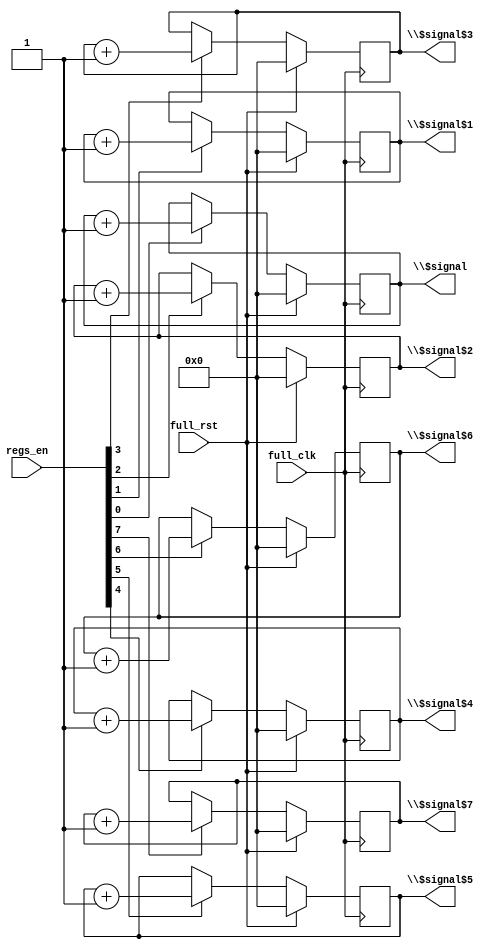
/* Generated by Yosys 0.8+     369 (git sha1 ea0e0722, clang 10.0.1 -fPIC -Os) */

(* \nmigen.hierarchy  = "top.debug_module" *)
(* generator = "nMigen" *)
module debug_module(full_rst, full_clk, \$signal , \$signal$1 , \$signal$2 , \$signal$3 , \$signal$4 , \$signal$5 , \$signal$6 , \$signal$7 , regs_en);
  wire [32:0] \$11 ;
  wire [32:0] \$12 ;
  wire [32:0] \$14 ;
  wire [32:0] \$15 ;
  wire [32:0] \$17 ;
  wire [32:0] \$18 ;
  wire [32:0] \$20 ;
  wire [32:0] \$21 ;
  wire [32:0] \$23 ;
  wire [32:0] \$24 ;
  wire [32:0] \$26 ;
  wire [32:0] \$27 ;
  wire [32:0] \$29 ;
  wire [32:0] \$30 ;
  wire [32:0] \$8 ;
  wire [32:0] \$9 ;
  (* src = "debug_module.py:36" *)
  reg [31:0] \$next$signal ;
  (* src = "debug_module.py:36" *)
  reg [31:0] \$next$signal$1 ;
  (* src = "debug_module.py:36" *)
  reg [31:0] \$next$signal$2 ;
  (* src = "debug_module.py:36" *)
  reg [31:0] \$next$signal$3 ;
  (* src = "debug_module.py:36" *)
  reg [31:0] \$next$signal$4 ;
  (* src = "debug_module.py:36" *)
  reg [31:0] \$next$signal$5 ;
  (* src = "debug_module.py:36" *)
  reg [31:0] \$next$signal$6 ;
  (* src = "debug_module.py:36" *)
  reg [31:0] \$next$signal$7 ;
  (* init = 32'd0 *)
  (* src = "debug_module.py:36" *)
  output [31:0] \$signal ;
  reg [31:0] \$signal  = 32'd0;
  (* init = 32'd0 *)
  (* src = "debug_module.py:36" *)
  output [31:0] \$signal$1 ;
  reg [31:0] \$signal$1  = 32'd0;
  (* init = 32'd0 *)
  (* src = "debug_module.py:36" *)
  output [31:0] \$signal$2 ;
  reg [31:0] \$signal$2  = 32'd0;
  (* init = 32'd0 *)
  (* src = "debug_module.py:36" *)
  output [31:0] \$signal$3 ;
  reg [31:0] \$signal$3  = 32'd0;
  (* init = 32'd0 *)
  (* src = "debug_module.py:36" *)
  output [31:0] \$signal$4 ;
  reg [31:0] \$signal$4  = 32'd0;
  (* init = 32'd0 *)
  (* src = "debug_module.py:36" *)
  output [31:0] \$signal$5 ;
  reg [31:0] \$signal$5  = 32'd0;
  (* init = 32'd0 *)
  (* src = "debug_module.py:36" *)
  output [31:0] \$signal$6 ;
  reg [31:0] \$signal$6  = 32'd0;
  (* init = 32'd0 *)
  (* src = "debug_module.py:36" *)
  output [31:0] \$signal$7 ;
  reg [31:0] \$signal$7  = 32'd0;
  (* src = "clk_domains.py:4" *)
  input full_clk;
  (* src = "clk_domains.py:4" *)
  input full_rst;
  (* src = "debug_module.py:37" *)
  input [7:0] regs_en;
  assign \$9  = \$signal  + (* src = "debug_module.py:52" *) 1'h1;
  assign \$12  = \$signal$1  + (* src = "debug_module.py:52" *) 1'h1;
  assign \$15  = \$signal$2  + (* src = "debug_module.py:52" *) 1'h1;
  assign \$18  = \$signal$3  + (* src = "debug_module.py:52" *) 1'h1;
  assign \$21  = \$signal$4  + (* src = "debug_module.py:52" *) 1'h1;
  assign \$24  = \$signal$5  + (* src = "debug_module.py:52" *) 1'h1;
  assign \$27  = \$signal$6  + (* src = "debug_module.py:52" *) 1'h1;
  assign \$30  = \$signal$7  + (* src = "debug_module.py:52" *) 1'h1;
  always @(posedge full_clk)
      \$signal$7  <= \$next$signal$7 ;
  always @(posedge full_clk)
      \$signal$6  <= \$next$signal$6 ;
  always @(posedge full_clk)
      \$signal$5  <= \$next$signal$5 ;
  always @(posedge full_clk)
      \$signal$4  <= \$next$signal$4 ;
  always @(posedge full_clk)
      \$signal$3  <= \$next$signal$3 ;
  always @(posedge full_clk)
      \$signal$2  <= \$next$signal$2 ;
  always @(posedge full_clk)
      \$signal$1  <= \$next$signal$1 ;
  always @(posedge full_clk)
      \$signal  <= \$next$signal ;
  always @* begin
    \$next$signal  = \$signal ;
    casez (regs_en[0])
      1'h1:
          \$next$signal  = \$8 [31:0];
    endcase
    casez (full_rst)
      1'h1:
          \$next$signal  = 32'd0;
    endcase
  end
  always @* begin
    \$next$signal$1  = \$signal$1 ;
    casez (regs_en[1])
      1'h1:
          \$next$signal$1  = \$11 [31:0];
    endcase
    casez (full_rst)
      1'h1:
          \$next$signal$1  = 32'd0;
    endcase
  end
  always @* begin
    \$next$signal$2  = \$signal$2 ;
    casez (regs_en[2])
      1'h1:
          \$next$signal$2  = \$14 [31:0];
    endcase
    casez (full_rst)
      1'h1:
          \$next$signal$2  = 32'd0;
    endcase
  end
  always @* begin
    \$next$signal$3  = \$signal$3 ;
    casez (regs_en[3])
      1'h1:
          \$next$signal$3  = \$17 [31:0];
    endcase
    casez (full_rst)
      1'h1:
          \$next$signal$3  = 32'd0;
    endcase
  end
  always @* begin
    \$next$signal$4  = \$signal$4 ;
    casez (regs_en[4])
      1'h1:
          \$next$signal$4  = \$20 [31:0];
    endcase
    casez (full_rst)
      1'h1:
          \$next$signal$4  = 32'd0;
    endcase
  end
  always @* begin
    \$next$signal$5  = \$signal$5 ;
    casez (regs_en[5])
      1'h1:
          \$next$signal$5  = \$23 [31:0];
    endcase
    casez (full_rst)
      1'h1:
          \$next$signal$5  = 32'd0;
    endcase
  end
  always @* begin
    \$next$signal$6  = \$signal$6 ;
    casez (regs_en[6])
      1'h1:
          \$next$signal$6  = \$26 [31:0];
    endcase
    casez (full_rst)
      1'h1:
          \$next$signal$6  = 32'd0;
    endcase
  end
  always @* begin
    \$next$signal$7  = \$signal$7 ;
    casez (regs_en[7])
      1'h1:
          \$next$signal$7  = \$29 [31:0];
    endcase
    casez (full_rst)
      1'h1:
          \$next$signal$7  = 32'd0;
    endcase
  end
  assign \$8  = \$9 ;
  assign \$11  = \$12 ;
  assign \$14  = \$15 ;
  assign \$17  = \$18 ;
  assign \$20  = \$21 ;
  assign \$23  = \$24 ;
  assign \$26  = \$27 ;
  assign \$29  = \$30 ;
endmodule

(* \nmigen.hierarchy  = "top" *)
(* top =  1  *)
(* generator = "nMigen" *)
module top(full_clk, rp_data, s_axi_ri__arvalid, s_axi_wi__awvalid, s_axi_ri__araddr, s_axi_ri__rready, s_axi_wi__awaddr, s_axi_wi__wvalid, s_axi_wi__wdata, s_axi_wi__wstrb, s_axi_wi__bready, full_rst, rst, height, width, allowed_cycles, wp_addr, wp_data, wp_en, rp_addr, s_axi_ro__arready, s_axi_ro__rdata, s_axi_ro__rresp, s_axi_ro__rvalid, s_axi_wo__awready, s_axi_wo__wready, s_axi_wo__bresp, s_axi_wo__bvalid, debug_en);
  wire \$100 ;
  wire \$102 ;
  wire \$104 ;
  wire \$106 ;
  wire \$108 ;
  wire \$110 ;
  wire \$112 ;
  wire \$114 ;
  wire \$116 ;
  wire \$118 ;
  wire \$120 ;
  wire \$122 ;
  wire \$124 ;
  wire \$126 ;
  wire \$128 ;
  wire \$130 ;
  wire \$132 ;
  wire \$134 ;
  wire \$136 ;
  wire \$138 ;
  wire \$140 ;
  wire \$142 ;
  wire \$144 ;
  wire \$146 ;
  wire \$148 ;
  wire [63:0] \$15 ;
  wire \$150 ;
  wire \$17 ;
  wire \$19 ;
  wire \$21 ;
  wire \$23 ;
  wire \$25 ;
  wire \$27 ;
  wire [7:0] \$29 ;
  wire [7:0] \$31 ;
  wire [7:0] \$33 ;
  wire [7:0] \$35 ;
  wire [31:0] \$37 ;
  wire [31:0] \$39 ;
  wire [31:0] \$41 ;
  wire [31:0] \$42 ;
  wire [31:0] \$44 ;
  wire [31:0] \$45 ;
  wire \$47 ;
  wire \$49 ;
  wire \$51 ;
  wire \$53 ;
  wire \$55 ;
  wire \$57 ;
  wire \$59 ;
  wire [31:0] \$61 ;
  wire \$63 ;
  wire \$65 ;
  wire \$67 ;
  wire \$69 ;
  wire \$71 ;
  wire \$73 ;
  wire \$75 ;
  wire \$77 ;
  wire \$79 ;
  wire \$81 ;
  wire \$83 ;
  wire [5:0] \$85 ;
  wire [5:0] \$86 ;
  wire \$88 ;
  wire \$90 ;
  wire \$92 ;
  wire \$94 ;
  wire \$96 ;
  wire \$98 ;
  (* src = "core_axi_lite.py:152" *)
  reg [31:0] \$next$signal ;
  (* src = "core_axi_lite.py:152" *)
  reg [31:0] \$next$signal$10 ;
  (* src = "core_axi_lite.py:152" *)
  reg [31:0] \$next$signal$11 ;
  (* src = "core_axi_lite.py:152" *)
  reg [31:0] \$next$signal$12 ;
  (* src = "core_axi_lite.py:152" *)
  reg [31:0] \$next$signal$13 ;
  (* src = "core_axi_lite.py:152" *)
  reg [31:0] \$next$signal$14 ;
  (* src = "core_axi_lite.py:152" *)
  reg [31:0] \$next$signal$8 ;
  (* src = "core_axi_lite.py:152" *)
  reg [31:0] \$next$signal$9 ;
  (* src = "core_axi_lite.py:162" *)
  reg [31:0] \$next\addr_v ;
  (* src = "core_axi_lite.py:84" *)
  reg [23:0] \$next\allowed_cycles ;
  (* src = "core_axi_lite.py:164" *)
  reg \$next\arready_v ;
  (* src = "core_axi_lite.py:167" *)
  reg \$next\awready_v ;
  (* src = "core_axi_lite.py:174" *)
  reg [1:0] \$next\bresp_v ;
  (* src = "core_axi_lite.py:169" *)
  reg \$next\bvalid_v ;
  (* src = "clk_domains.py:5" *)
  reg \$next\clk ;
  (* src = "core_axi_lite.py:188" *)
  reg \$next\debug_enable ;
  (* src = "core_axi_lite.py:190" *)
  reg [2:0] \$next\debug_index ;
  (* src = "debug_module.py:37" *)
  reg [7:0] \$next\debug_module_regs_en ;
  (* src = "nmigen/hdl/dsl.py:244" *)
  reg [3:0] \$next\fsm_state ;
  (* src = "core_axi_lite.py:80" *)
  reg [15:0] \$next\height ;
  (* src = "core_axi_lite.py:111" *)
  reg [31:0] \$next\height_width ;
  (* src = "core_axi_lite.py:187" *)
  reg \$next\hw_enable ;
  (* src = "core_axi_lite.py:191" *)
  reg \$next\hw_index ;
  (* src = "core_axi_lite.py:171" *)
  reg [31:0] \$next\rdata_v ;
  (* src = "core_axi_lite.py:100" *)
  reg [4:0] \$next\rp_addr ;
  (* src = "core_axi_lite.py:207" *)
  reg [63:0] \$next\rp_data64 ;
  (* src = "core_axi_lite.py:206" *)
  reg [63:0] \$next\rp_data64_in ;
  (* src = "core_axi_lite.py:172" *)
  reg [1:0] \$next\rresp_v ;
  (* src = "core_axi_lite.py:165" *)
  reg \$next\rvalid_v ;
  (* src = "nmigen/hdl/rec.py:84" *)
  reg \$next\s_axi_ro__arready ;
  (* src = "nmigen/hdl/rec.py:84" *)
  reg [31:0] \$next\s_axi_ro__rdata ;
  (* src = "nmigen/hdl/rec.py:84" *)
  reg [1:0] \$next\s_axi_ro__rresp ;
  (* src = "nmigen/hdl/rec.py:84" *)
  reg \$next\s_axi_ro__rvalid ;
  (* src = "nmigen/hdl/rec.py:84" *)
  reg \$next\s_axi_wo__awready ;
  (* src = "nmigen/hdl/rec.py:84" *)
  reg [1:0] \$next\s_axi_wo__bresp ;
  (* src = "nmigen/hdl/rec.py:84" *)
  reg \$next\s_axi_wo__bvalid ;
  (* src = "nmigen/hdl/rec.py:84" *)
  reg \$next\s_axi_wo__wready ;
  (* src = "core_axi_lite.py:186" *)
  reg \$next\ssss_enable ;
  (* src = "core_axi_lite.py:189" *)
  reg [5:0] \$next\ssss_index ;
  (* src = "core_axi_lite.py:177" *)
  reg [31:0] \$next\wdata_v ;
  (* src = "core_axi_lite.py:81" *)
  reg [15:0] \$next\width ;
  (* src = "core_axi_lite.py:95" *)
  reg [4:0] \$next\wp_addr ;
  (* src = "core_axi_lite.py:96" *)
  reg [32:0] \$next\wp_data ;
  (* src = "core_axi_lite.py:97" *)
  reg \$next\wp_en ;
  (* src = "core_axi_lite.py:168" *)
  reg \$next\wready_v ;
  (* src = "core_axi_lite.py:178" *)
  reg [3:0] \$next\wstrb_v ;
  (* src = "core_axi_lite.py:152" *)
  wire [31:0] \$signal ;
  (* src = "core_axi_lite.py:152" *)
  wire [31:0] \$signal$10 ;
  (* src = "core_axi_lite.py:152" *)
  wire [31:0] \$signal$11 ;
  (* src = "core_axi_lite.py:152" *)
  wire [31:0] \$signal$12 ;
  (* src = "core_axi_lite.py:152" *)
  wire [31:0] \$signal$13 ;
  (* src = "core_axi_lite.py:152" *)
  wire [31:0] \$signal$14 ;
  (* src = "core_axi_lite.py:152" *)
  wire [31:0] \$signal$8 ;
  (* src = "core_axi_lite.py:152" *)
  wire [31:0] \$signal$9 ;
  (* init = 32'd0 *)
  (* src = "core_axi_lite.py:162" *)
  reg [31:0] addr_v = 32'd0;
  (* init = 24'h000000 *)
  (* src = "core_axi_lite.py:84" *)
  output [23:0] allowed_cycles;
  reg [23:0] allowed_cycles = 24'h000000;
  (* init = 1'h0 *)
  (* src = "core_axi_lite.py:164" *)
  reg arready_v = 1'h0;
  (* init = 1'h0 *)
  (* src = "core_axi_lite.py:167" *)
  reg awready_v = 1'h0;
  (* init = 2'h0 *)
  (* src = "core_axi_lite.py:174" *)
  reg [1:0] bresp_v = 2'h0;
  (* init = 1'h0 *)
  (* src = "core_axi_lite.py:169" *)
  reg bvalid_v = 1'h0;
  (* src = "clk_domains.py:5" *)
  wire clk;
  (* src = "core_axi_lite.py:108" *)
  input [7:0] debug_en;
  (* src = "core_axi_lite.py:188" *)
  wire debug_enable;
  (* src = "core_axi_lite.py:190" *)
  wire [2:0] debug_index;
  (* src = "debug_module.py:36" *)
  wire [31:0] \debug_module_$signal ;
  (* src = "debug_module.py:36" *)
  wire [31:0] \debug_module_$signal$1 ;
  (* src = "debug_module.py:36" *)
  wire [31:0] \debug_module_$signal$2 ;
  (* src = "debug_module.py:36" *)
  wire [31:0] \debug_module_$signal$3 ;
  (* src = "debug_module.py:36" *)
  wire [31:0] \debug_module_$signal$4 ;
  (* src = "debug_module.py:36" *)
  wire [31:0] \debug_module_$signal$5 ;
  (* src = "debug_module.py:36" *)
  wire [31:0] \debug_module_$signal$6 ;
  (* src = "debug_module.py:36" *)
  wire [31:0] \debug_module_$signal$7 ;
  (* src = "debug_module.py:37" *)
  wire [7:0] debug_module_regs_en;
  (* init = 4'h0 *)
  (* src = "nmigen/hdl/dsl.py:244" *)
  reg [3:0] fsm_state = 4'h0;
  (* src = "clk_domains.py:4" *)
  input full_clk;
  (* src = "clk_domains.py:4" *)
  input full_rst;
  (* src = "core_axi_lite.py:80" *)
  output [15:0] height;
  (* init = 32'd0 *)
  (* src = "core_axi_lite.py:111" *)
  reg [31:0] height_width = 32'd0;
  (* src = "core_axi_lite.py:187" *)
  wire hw_enable;
  (* src = "core_axi_lite.py:191" *)
  wire hw_index;
  (* init = 32'd0 *)
  (* src = "core_axi_lite.py:171" *)
  reg [31:0] rdata_v = 32'd0;
  (* init = 5'h00 *)
  (* src = "core_axi_lite.py:100" *)
  output [4:0] rp_addr;
  reg [4:0] rp_addr = 5'h00;
  (* src = "core_axi_lite.py:101" *)
  input [32:0] rp_data;
  (* src = "core_axi_lite.py:207" *)
  wire [63:0] rp_data64;
  (* src = "core_axi_lite.py:206" *)
  wire [63:0] rp_data64_in;
  (* init = 2'h0 *)
  (* src = "core_axi_lite.py:172" *)
  reg [1:0] rresp_v = 2'h0;
  (* src = "clk_domains.py:5" *)
  input rst;
  (* init = 1'h0 *)
  (* src = "core_axi_lite.py:165" *)
  reg rvalid_v = 1'h0;
  (* src = "nmigen/hdl/rec.py:84" *)
  input [31:0] s_axi_ri__araddr;
  (* src = "nmigen/hdl/rec.py:84" *)
  input s_axi_ri__arvalid;
  (* src = "nmigen/hdl/rec.py:84" *)
  input s_axi_ri__rready;
  (* src = "nmigen/hdl/rec.py:84" *)
  output s_axi_ro__arready;
  (* src = "nmigen/hdl/rec.py:84" *)
  output [31:0] s_axi_ro__rdata;
  (* src = "nmigen/hdl/rec.py:84" *)
  output [1:0] s_axi_ro__rresp;
  (* src = "nmigen/hdl/rec.py:84" *)
  output s_axi_ro__rvalid;
  (* src = "nmigen/hdl/rec.py:84" *)
  input [31:0] s_axi_wi__awaddr;
  (* src = "nmigen/hdl/rec.py:84" *)
  input s_axi_wi__awvalid;
  (* src = "nmigen/hdl/rec.py:84" *)
  input s_axi_wi__bready;
  (* src = "nmigen/hdl/rec.py:84" *)
  input [31:0] s_axi_wi__wdata;
  (* src = "nmigen/hdl/rec.py:84" *)
  input [3:0] s_axi_wi__wstrb;
  (* src = "nmigen/hdl/rec.py:84" *)
  input s_axi_wi__wvalid;
  (* src = "nmigen/hdl/rec.py:84" *)
  output s_axi_wo__awready;
  (* src = "nmigen/hdl/rec.py:84" *)
  output [1:0] s_axi_wo__bresp;
  (* src = "nmigen/hdl/rec.py:84" *)
  output s_axi_wo__bvalid;
  (* src = "nmigen/hdl/rec.py:84" *)
  output s_axi_wo__wready;
  (* src = "core_axi_lite.py:186" *)
  wire ssss_enable;
  (* src = "core_axi_lite.py:189" *)
  wire [5:0] ssss_index;
  (* src = "core_axi_lite.py:177" *)
  wire [31:0] wdata_v;
  (* src = "core_axi_lite.py:81" *)
  output [15:0] width;
  (* init = 5'h00 *)
  (* src = "core_axi_lite.py:95" *)
  output [4:0] wp_addr;
  reg [4:0] wp_addr = 5'h00;
  (* init = 33'h000000000 *)
  (* src = "core_axi_lite.py:96" *)
  output [32:0] wp_data;
  reg [32:0] wp_data = 33'h000000000;
  (* init = 1'h0 *)
  (* src = "core_axi_lite.py:97" *)
  output wp_en;
  reg wp_en = 1'h0;
  (* init = 1'h0 *)
  (* src = "core_axi_lite.py:168" *)
  reg wready_v = 1'h0;
  (* src = "core_axi_lite.py:178" *)
  wire [3:0] wstrb_v;
  assign \$100  = ssss_index < (* src = "core_axi_lite.py:372" *) 5'h1a;
  assign \$102  = \$98  & (* src = "core_axi_lite.py:372" *) \$100 ;
  assign \$104  = hw_enable == (* src = "core_axi_lite.py:375" *) 1'h1;
  assign \$106  = debug_enable == (* src = "core_axi_lite.py:379" *) 1'h1;
  assign \$108  = ssss_enable == (* src = "core_axi_lite.py:372" *) 1'h1;
  assign \$110  = ssss_index < (* src = "core_axi_lite.py:372" *) 5'h1a;
  assign \$112  = \$108  & (* src = "core_axi_lite.py:372" *) \$110 ;
  assign \$114  = hw_enable == (* src = "core_axi_lite.py:375" *) 1'h1;
  assign \$116  = debug_enable == (* src = "core_axi_lite.py:379" *) 1'h1;
  assign \$118  = ssss_enable == (* src = "core_axi_lite.py:372" *) 1'h1;
  assign \$120  = ssss_index < (* src = "core_axi_lite.py:372" *) 5'h1a;
  assign \$122  = \$118  & (* src = "core_axi_lite.py:372" *) \$120 ;
  assign \$124  = hw_enable == (* src = "core_axi_lite.py:375" *) 1'h1;
  assign \$126  = debug_enable == (* src = "core_axi_lite.py:379" *) 1'h1;
  assign \$128  = hw_index == (* src = "core_axi_lite.py:229" *) 1'h0;
  assign \$130  = hw_index == (* src = "core_axi_lite.py:229" *) 1'h0;
  assign \$132  = hw_index == (* src = "core_axi_lite.py:229" *) 1'h0;
  assign \$134  = hw_index == (* src = "core_axi_lite.py:229" *) 1'h0;
  assign \$136  = ssss_enable == (* src = "core_axi_lite.py:372" *) 1'h1;
  assign \$138  = ssss_index < (* src = "core_axi_lite.py:372" *) 5'h1a;
  assign \$140  = \$136  & (* src = "core_axi_lite.py:372" *) \$138 ;
  assign \$142  = hw_enable == (* src = "core_axi_lite.py:375" *) 1'h1;
  assign \$144  = debug_enable == (* src = "core_axi_lite.py:379" *) 1'h1;
  assign \$146  = hw_index == (* src = "core_axi_lite.py:229" *) 1'h0;
  assign \$148  = hw_index == (* src = "core_axi_lite.py:229" *) 1'h0;
  assign \$150  = hw_index == (* src = "core_axi_lite.py:229" *) 1'h0;
  assign \$15  = + (* src = "core_axi_lite.py:101" *) rp_data;
  assign \$17  = ssss_enable == (* src = "core_axi_lite.py:372" *) 1'h1;
  assign \$19  = ssss_index < (* src = "core_axi_lite.py:372" *) 5'h1a;
  assign \$21  = \$17  & (* src = "core_axi_lite.py:372" *) \$19 ;
  assign \$23  = hw_enable == (* src = "core_axi_lite.py:375" *) 1'h1;
  assign \$25  = debug_enable == (* src = "core_axi_lite.py:379" *) 1'h1;
  assign \$27  = ssss_index[0] == (* src = "core_axi_lite.py:251" *) 1'h0;
  assign \$29  = + (* src = "nmigen/hdl/ast.py:123" *) "";
  assign \$31  = + (* src = "nmigen/hdl/ast.py:123" *) "";
  assign \$33  = + (* src = "nmigen/hdl/ast.py:123" *) "";
  assign \$35  = + (* src = "nmigen/hdl/ast.py:123" *) "";
  assign \$37  = s_axi_ri__araddr >>> (* src = "core_axi_lite.py:309" *) 2'h2;
  assign \$39  = s_axi_wi__awaddr >>> (* src = "core_axi_lite.py:348" *) 2'h2;
  assign \$42  = s_axi_ri__araddr >>> (* src = "core_axi_lite.py:310" *) 2'h3;
  assign \$45  = s_axi_wi__awaddr >>> (* src = "core_axi_lite.py:349" *) 2'h3;
  assign \$47  = ssss_enable == (* src = "core_axi_lite.py:327" *) 1'h1;
  assign \$49  = ssss_index < (* src = "core_axi_lite.py:327" *) 5'h1a;
  assign \$51  = \$47  & (* src = "core_axi_lite.py:327" *) \$49 ;
  assign \$53  = hw_enable == (* src = "core_axi_lite.py:330" *) 1'h1;
  assign \$55  = debug_enable == (* src = "core_axi_lite.py:334" *) 1'h1;
  assign \$57  = ssss_index[0] == (* src = "core_axi_lite.py:242" *) 1'h0;
  assign \$59  = hw_index == (* src = "core_axi_lite.py:213" *) 1'h0;
  assign \$61  = + (* src = "core_axi_lite.py:84" *) allowed_cycles;
  assign \$63  = ssss_enable == (* src = "core_axi_lite.py:327" *) 1'h1;
  assign \$65  = ssss_index < (* src = "core_axi_lite.py:327" *) 5'h1a;
  assign \$67  = \$63  & (* src = "core_axi_lite.py:327" *) \$65 ;
  assign \$69  = hw_enable == (* src = "core_axi_lite.py:330" *) 1'h1;
  assign \$71  = debug_enable == (* src = "core_axi_lite.py:334" *) 1'h1;
  assign \$73  = hw_index == (* src = "core_axi_lite.py:213" *) 1'h0;
  assign \$75  = ssss_enable == (* src = "core_axi_lite.py:372" *) 1'h1;
  assign \$77  = ssss_index < (* src = "core_axi_lite.py:372" *) 5'h1a;
  assign \$79  = \$75  & (* src = "core_axi_lite.py:372" *) \$77 ;
  assign \$81  = hw_enable == (* src = "core_axi_lite.py:375" *) 1'h1;
  assign \$83  = debug_enable == (* src = "core_axi_lite.py:379" *) 1'h1;
  assign \$86  = ssss_index >>> (* src = "core_axi_lite.py:269" *) 1'h1;
  assign \$88  = ssss_enable == (* src = "core_axi_lite.py:372" *) 1'h1;
  assign \$90  = ssss_index < (* src = "core_axi_lite.py:372" *) 5'h1a;
  assign \$92  = \$88  & (* src = "core_axi_lite.py:372" *) \$90 ;
  assign \$94  = hw_enable == (* src = "core_axi_lite.py:375" *) 1'h1;
  assign \$96  = debug_enable == (* src = "core_axi_lite.py:379" *) 1'h1;
  assign \$98  = ssss_enable == (* src = "core_axi_lite.py:372" *) 1'h1;
  always @(posedge full_clk)
      allowed_cycles <= \$next\allowed_cycles ;
  always @(posedge full_clk)
      rdata_v <= \$next\rdata_v ;
  always @(posedge full_clk)
      arready_v <= \$next\arready_v ;
  always @(posedge full_clk)
      rp_addr <= \$next\rp_addr ;
  always @(posedge full_clk)
      addr_v <= \$next\addr_v ;
  always @(posedge clk)
      fsm_state <= \$next\fsm_state ;
  always @(posedge full_clk)
      bvalid_v <= \$next\bvalid_v ;
  always @(posedge full_clk)
      rvalid_v <= \$next\rvalid_v ;
  always @(posedge full_clk)
      height_width <= \$next\height_width ;
  always @(posedge full_clk)
      bresp_v <= \$next\bresp_v ;
  always @(posedge full_clk)
      wp_en <= \$next\wp_en ;
  always @(posedge full_clk)
      wp_data <= \$next\wp_data ;
  always @(posedge full_clk)
      wp_addr <= \$next\wp_addr ;
  always @(posedge full_clk)
      wready_v <= \$next\wready_v ;
  always @(posedge full_clk)
      awready_v <= \$next\awready_v ;
  always @(posedge full_clk)
      rresp_v <= \$next\rresp_v ;
  debug_module debug_module (
    .\$signal (\debug_module_$signal ),
    .\$signal$1 (\debug_module_$signal$1 ),
    .\$signal$2 (\debug_module_$signal$2 ),
    .\$signal$3 (\debug_module_$signal$3 ),
    .\$signal$4 (\debug_module_$signal$4 ),
    .\$signal$5 (\debug_module_$signal$5 ),
    .\$signal$6 (\debug_module_$signal$6 ),
    .\$signal$7 (\debug_module_$signal$7 ),
    .full_clk(full_clk),
    .full_rst(full_rst),
    .regs_en(debug_module_regs_en)
  );
  always @* begin
    \$next\debug_module_regs_en  = 8'h00;
    \$next\debug_module_regs_en  = debug_en;
  end
  always @* begin
    \$next$signal  = 32'd0;
    \$next$signal  = \debug_module_$signal ;
  end
  always @* begin
    \$next\wdata_v  = 32'd0;
    \$next\wdata_v  = 32'd0;
    casez (fsm_state)
      4'h8:
          casez (s_axi_wi__wvalid)
            1'h1:
                \$next\wdata_v  = s_axi_wi__wdata;
          endcase
    endcase
  end
  always @* begin
    \$next\wstrb_v  = 4'h0;
    \$next\wstrb_v  = 4'h0;
    casez (fsm_state)
      4'h8:
          casez (s_axi_wi__wvalid)
            1'h1:
                \$next\wstrb_v  = s_axi_wi__wstrb;
          endcase
    endcase
  end
  always @* begin
    \$next\ssss_enable  = 1'h0;
    \$next\ssss_enable  = addr_v[10];
  end
  always @* begin
    \$next\hw_enable  = 1'h0;
    \$next\hw_enable  = addr_v[11];
  end
  always @* begin
    \$next\debug_enable  = 1'h0;
    \$next\debug_enable  = addr_v[12];
  end
  always @* begin
    \$next\ssss_index  = 6'h00;
    \$next\ssss_index  = addr_v[5:0];
  end
  always @* begin
    \$next\debug_index  = 3'h0;
    \$next\debug_index  = addr_v[2:0];
  end
  always @* begin
    \$next\hw_index  = 1'h0;
    \$next\hw_index  = addr_v[0];
  end
  always @* begin
    \$next\rp_data64  = 64'h0000000000000000;
    \$next\rp_data64  = \$15 ;
  end
  always @* begin
    \$next\rp_data64_in  = 64'h0000000000000000;
    \$next\rp_data64_in  = 64'h0000000000000000;
    casez (fsm_state)
      4'h8:
          casez (s_axi_wi__wvalid)
            1'h1:
                casez ({ \$25 , \$23 , \$21  })
                  3'bzz1:
                      casez (\$27 )
                        1'h1:
                          begin
                            casez (wstrb_v[0])
                              1'h1:
                                  \$next\rp_data64_in [7:0] = wdata_v[7:0];
                              1'hz:
                                  \$next\rp_data64_in [7:0] = rp_data64[7:0];
                            endcase
                            casez (wstrb_v[1])
                              1'h1:
                                  \$next\rp_data64_in [15:8] = wdata_v[15:8];
                              1'hz:
                                  \$next\rp_data64_in [15:8] = rp_data64[15:8];
                            endcase
                            casez (wstrb_v[2])
                              1'h1:
                                  \$next\rp_data64_in [23:16] = wdata_v[23:16];
                              1'hz:
                                  \$next\rp_data64_in [23:16] = rp_data64[23:16];
                            endcase
                            casez (wstrb_v[3])
                              1'h1:
                                  \$next\rp_data64_in [31:24] = wdata_v[31:24];
                              1'hz:
                                  \$next\rp_data64_in [31:24] = rp_data64[31:24];
                            endcase
                          end
                        1'hz:
                          begin
                            casez (wstrb_v[0])
                              1'h1:
                                  \$next\rp_data64_in [39:32] = \$29 ;
                              1'hz:
                                  \$next\rp_data64_in [39:32] = rp_data64[39:32];
                            endcase
                            casez (wstrb_v[1])
                              1'h1:
                                  \$next\rp_data64_in [47:40] = \$31 ;
                              1'hz:
                                  \$next\rp_data64_in [47:40] = rp_data64[47:40];
                            endcase
                            casez (wstrb_v[2])
                              1'h1:
                                  \$next\rp_data64_in [55:48] = \$33 ;
                              1'hz:
                                  \$next\rp_data64_in [55:48] = rp_data64[55:48];
                            endcase
                            casez (wstrb_v[3])
                              1'h1:
                                  \$next\rp_data64_in [63:56] = \$35 ;
                              1'hz:
                                  \$next\rp_data64_in [63:56] = rp_data64[63:56];
                            endcase
                          end
                      endcase
                endcase
          endcase
    endcase
  end
  always @* begin
    \$next$signal$8  = 32'd0;
    \$next$signal$8  = \debug_module_$signal$1 ;
  end
  always @* begin
    \$next\rvalid_v  = rvalid_v;
    casez (fsm_state)
      4'h0:
          \$next\rvalid_v  = 1'h0;
      4'h5:
          casez (s_axi_ri__rready)
            1'h1:
                \$next\rvalid_v  = 1'h1;
          endcase
    endcase
    casez (full_rst)
      1'h1:
          \$next\rvalid_v  = 1'h0;
    endcase
  end
  always @* begin
    \$next\bvalid_v  = bvalid_v;
    casez (fsm_state)
      4'h0:
          \$next\bvalid_v  = 1'h0;
      4'h9:
          casez (s_axi_wi__bready)
            1'h1:
                \$next\bvalid_v  = 1'h1;
          endcase
    endcase
    casez (full_rst)
      1'h1:
          \$next\bvalid_v  = 1'h0;
    endcase
  end
  always @* begin
    \$next\fsm_state  = fsm_state;
    casez (fsm_state)
      4'h0:
          casez ({ s_axi_wi__awvalid, s_axi_ri__arvalid })
            2'bz1:
                \$next\fsm_state  = 4'h1;
            2'b1z:
                \$next\fsm_state  = 4'h2;
          endcase
      4'h1:
          \$next\fsm_state  = 4'h3;
      4'h3:
          \$next\fsm_state  = 4'h4;
      4'h4:
          \$next\fsm_state  = 4'h5;
      4'h5:
          casez (s_axi_ri__rready)
            1'h1:
                \$next\fsm_state  = 4'h0;
          endcase
      4'h2:
          \$next\fsm_state  = 4'h6;
      4'h6:
          \$next\fsm_state  = 4'h7;
      4'h7:
          \$next\fsm_state  = 4'h8;
      4'h8:
          casez (s_axi_wi__wvalid)
            1'h1:
                \$next\fsm_state  = 4'h9;
          endcase
      4'h9:
          casez (s_axi_wi__bready)
            1'h1:
                \$next\fsm_state  = 4'h0;
          endcase
    endcase
    casez (rst)
      1'h1:
          \$next\fsm_state  = 4'h0;
    endcase
  end
  always @* begin
    \$next\addr_v  = addr_v;
    casez (fsm_state)
      4'h1:
          \$next\addr_v  = \$37 ;
      4'h2:
          \$next\addr_v  = \$39 ;
    endcase
    casez (full_rst)
      1'h1:
          \$next\addr_v  = 32'd0;
    endcase
  end
  always @* begin
    \$next\rp_addr  = rp_addr;
    casez (fsm_state)
      4'h1:
          \$next\rp_addr  = \$41 [4:0];
      4'h2:
          \$next\rp_addr  = \$44 [4:0];
    endcase
    casez (full_rst)
      1'h1:
          \$next\rp_addr  = 5'h00;
    endcase
  end
  always @* begin
    \$next\arready_v  = arready_v;
    casez (fsm_state)
      4'h1:
          \$next\arready_v  = 1'h1;
      4'h3:
          \$next\arready_v  = 1'h0;
    endcase
    casez (full_rst)
      1'h1:
          \$next\arready_v  = 1'h0;
    endcase
  end
  always @* begin
    \$next\rdata_v  = rdata_v;
    casez (fsm_state)
      4'h5:
          casez ({ \$55 , \$53 , \$51  })
            3'bzz1:
                casez (\$57 )
                  1'h1:
                      \$next\rdata_v  = rp_data64[31:0];
                  1'hz:
                      \$next\rdata_v  = rp_data64[63:32];
                endcase
            3'bz1z:
                casez (\$59 )
                  1'h1:
                      \$next\rdata_v  = height_width;
                  1'hz:
                      \$next\rdata_v  = \$61 ;
                endcase
            3'b1zz:
                casez (debug_index)
                  3'h0:
                      \$next\rdata_v  = \$signal ;
                  3'h1:
                      \$next\rdata_v  = \$signal$8 ;
                  3'h2:
                      \$next\rdata_v  = \$signal$9 ;
                  3'h3:
                      \$next\rdata_v  = \$signal$10 ;
                  3'h4:
                      \$next\rdata_v  = \$signal$11 ;
                  3'h5:
                      \$next\rdata_v  = \$signal$12 ;
                  3'h6:
                      \$next\rdata_v  = \$signal$13 ;
                  3'hz:
                      \$next\rdata_v  = \$signal$14 ;
                endcase
          endcase
    endcase
    casez (full_rst)
      1'h1:
          \$next\rdata_v  = 32'd0;
    endcase
  end
  always @* begin
    \$next\rresp_v  = rresp_v;
    casez (fsm_state)
      4'h5:
          casez ({ \$71 , \$69 , \$67  })
            3'bzz1:
                \$next\rresp_v  = 2'h0;
            3'bz1z:
                casez (\$73 )
                  1'h1:
                      \$next\rresp_v  = 2'h0;
                  1'hz:
                      \$next\rresp_v  = 2'h0;
                endcase
            3'b1zz:
                \$next\rresp_v  = 2'h0;
            3'hz:
                \$next\rresp_v  = 2'h3;
          endcase
    endcase
    casez (full_rst)
      1'h1:
          \$next\rresp_v  = 2'h0;
    endcase
  end
  always @* begin
    \$next\awready_v  = awready_v;
    casez (fsm_state)
      4'h2:
          \$next\awready_v  = 1'h1;
      4'h6:
          \$next\awready_v  = 1'h0;
    endcase
    casez (full_rst)
      1'h1:
          \$next\awready_v  = 1'h0;
    endcase
  end
  always @* begin
    \$next\wready_v  = wready_v;
    casez (fsm_state)
      4'h8:
          \$next\wready_v  = 1'h1;
      4'h9:
          \$next\wready_v  = 1'h0;
    endcase
    casez (full_rst)
      1'h1:
          \$next\wready_v  = 1'h0;
    endcase
  end
  always @* begin
    \$next$signal$9  = 32'd0;
    \$next$signal$9  = \debug_module_$signal$2 ;
  end
  always @* begin
    \$next\wp_addr  = wp_addr;
    casez (fsm_state)
      4'h8:
          casez (s_axi_wi__wvalid)
            1'h1:
                casez ({ \$83 , \$81 , \$79  })
                  3'bzz1:
                      \$next\wp_addr  = \$85 [4:0];
                endcase
          endcase
    endcase
    casez (full_rst)
      1'h1:
          \$next\wp_addr  = 5'h00;
    endcase
  end
  always @* begin
    \$next\wp_data  = wp_data;
    casez (fsm_state)
      4'h8:
          casez (s_axi_wi__wvalid)
            1'h1:
                casez ({ \$96 , \$94 , \$92  })
                  3'bzz1:
                      \$next\wp_data  = rp_data64_in[32:0];
                endcase
          endcase
    endcase
    casez (full_rst)
      1'h1:
          \$next\wp_data  = 33'h000000000;
    endcase
  end
  always @* begin
    \$next\wp_en  = wp_en;
    casez (fsm_state)
      4'h8:
          casez (s_axi_wi__wvalid)
            1'h1:
                casez ({ \$106 , \$104 , \$102  })
                  3'bzz1:
                      \$next\wp_en  = 1'h1;
                endcase
          endcase
      4'h9:
          \$next\wp_en  = 1'h0;
    endcase
    casez (full_rst)
      1'h1:
          \$next\wp_en  = 1'h0;
    endcase
  end
  always @* begin
    \$next\bresp_v  = bresp_v;
    casez (fsm_state)
      4'h8:
          casez (s_axi_wi__wvalid)
            1'h1:
                casez ({ \$116 , \$114 , \$112  })
                  3'bzz1:
                      \$next\bresp_v  = 2'h0;
                  3'bz1z:
                      \$next\bresp_v  = 2'h0;
                  3'b1zz:
                      \$next\bresp_v  = 2'h2;
                  3'hz:
                      \$next\bresp_v  = 2'h3;
                endcase
          endcase
    endcase
    casez (full_rst)
      1'h1:
          \$next\bresp_v  = 2'h0;
    endcase
  end
  always @* begin
    \$next\height_width  = height_width;
    casez (fsm_state)
      4'h8:
          casez (s_axi_wi__wvalid)
            1'h1:
                casez ({ \$126 , \$124 , \$122  })
                  3'bzz1:
                      /* empty */;
                  3'bz1z:
                    begin
                      casez (wstrb_v[0])
                        1'h1:
                            casez (\$128 )
                              1'h1:
                                  \$next\height_width [7:0] = wdata_v[7:0];
                            endcase
                      endcase
                      casez (wstrb_v[1])
                        1'h1:
                            casez (\$130 )
                              1'h1:
                                  \$next\height_width [15:8] = wdata_v[15:8];
                            endcase
                      endcase
                      casez (wstrb_v[2])
                        1'h1:
                            casez (\$132 )
                              1'h1:
                                  \$next\height_width [23:16] = wdata_v[23:16];
                            endcase
                      endcase
                      casez (wstrb_v[3])
                        1'h1:
                            casez (\$134 )
                              1'h1:
                                  \$next\height_width [31:24] = wdata_v[31:24];
                            endcase
                      endcase
                    end
                endcase
          endcase
    endcase
    casez (full_rst)
      1'h1:
          \$next\height_width  = 32'd0;
    endcase
  end
  always @* begin
    \$next\allowed_cycles  = allowed_cycles;
    casez (fsm_state)
      4'h8:
          casez (s_axi_wi__wvalid)
            1'h1:
                casez ({ \$144 , \$142 , \$140  })
                  3'bzz1:
                      /* empty */;
                  3'bz1z:
                    begin
                      casez (wstrb_v[0])
                        1'h1:
                            casez (\$146 )
                              1'h1:
                                  /* empty */;
                              1'hz:
                                  \$next\allowed_cycles [7:0] = wdata_v[7:0];
                            endcase
                      endcase
                      casez (wstrb_v[1])
                        1'h1:
                            casez (\$148 )
                              1'h1:
                                  /* empty */;
                              1'hz:
                                  \$next\allowed_cycles [15:8] = wdata_v[15:8];
                            endcase
                      endcase
                      casez (wstrb_v[2])
                        1'h1:
                            casez (\$150 )
                              1'h1:
                                  /* empty */;
                              1'hz:
                                  \$next\allowed_cycles [23:16] = wdata_v[23:16];
                            endcase
                      endcase
                    end
                endcase
          endcase
    endcase
    casez (full_rst)
      1'h1:
          \$next\allowed_cycles  = 24'h000000;
    endcase
  end
  always @* begin
    \$next\s_axi_ro__arready  = 1'h0;
    \$next\s_axi_ro__arready  = arready_v;
  end
  always @* begin
    \$next\s_axi_ro__rvalid  = 1'h0;
    \$next\s_axi_ro__rvalid  = rvalid_v;
  end
  always @* begin
    \$next\s_axi_wo__awready  = 1'h0;
    \$next\s_axi_wo__awready  = awready_v;
  end
  always @* begin
    \$next\s_axi_wo__wready  = 1'h0;
    \$next\s_axi_wo__wready  = wready_v;
  end
  always @* begin
    \$next$signal$10  = 32'd0;
    \$next$signal$10  = \debug_module_$signal$3 ;
  end
  always @* begin
    \$next\s_axi_wo__bvalid  = 1'h0;
    \$next\s_axi_wo__bvalid  = bvalid_v;
  end
  always @* begin
    \$next\s_axi_ro__rdata  = 32'd0;
    \$next\s_axi_ro__rdata  = rdata_v;
  end
  always @* begin
    \$next\s_axi_ro__rresp  = 2'h0;
    \$next\s_axi_ro__rresp  = rresp_v;
  end
  always @* begin
    \$next\s_axi_wo__bresp  = 2'h0;
    \$next\s_axi_wo__bresp  = bresp_v;
  end
  always @* begin
    \$next\height  = 16'h0000;
    \$next\height  = height_width[15:0];
  end
  always @* begin
    \$next\width  = 16'h0000;
    \$next\width  = height_width[31:16];
  end
  always @* begin
    \$next$signal$11  = 32'd0;
    \$next$signal$11  = \debug_module_$signal$4 ;
  end
  always @* begin
    \$next$signal$12  = 32'd0;
    \$next$signal$12  = \debug_module_$signal$5 ;
  end
  always @* begin
    \$next$signal$13  = 32'd0;
    \$next$signal$13  = \debug_module_$signal$6 ;
  end
  always @* begin
    \$next$signal$14  = 32'd0;
    \$next$signal$14  = \debug_module_$signal$7 ;
  end
  always @* begin
    \$next\clk  = 1'h0;
    \$next\clk  = full_clk;
  end
  assign \$41  = \$42 ;
  assign \$44  = \$45 ;
  assign \$85  = \$86 ;
  assign width = \$next\width ;
  assign height = \$next\height ;
  assign s_axi_wo__bresp = \$next\s_axi_wo__bresp ;
  assign s_axi_ro__rresp = \$next\s_axi_ro__rresp ;
  assign s_axi_ro__rdata = \$next\s_axi_ro__rdata ;
  assign s_axi_wo__bvalid = \$next\s_axi_wo__bvalid ;
  assign s_axi_wo__wready = \$next\s_axi_wo__wready ;
  assign s_axi_wo__awready = \$next\s_axi_wo__awready ;
  assign s_axi_ro__rvalid = \$next\s_axi_ro__rvalid ;
  assign s_axi_ro__arready = \$next\s_axi_ro__arready ;
  assign rp_data64_in = \$next\rp_data64_in ;
  assign rp_data64 = \$next\rp_data64 ;
  assign hw_index = \$next\hw_index ;
  assign debug_index = \$next\debug_index ;
  assign ssss_index = \$next\ssss_index ;
  assign debug_enable = \$next\debug_enable ;
  assign hw_enable = \$next\hw_enable ;
  assign ssss_enable = \$next\ssss_enable ;
  assign wstrb_v = \$next\wstrb_v ;
  assign wdata_v = \$next\wdata_v ;
  assign clk = \$next\clk ;
  assign \$signal$14  = \$next$signal$14 ;
  assign \$signal$13  = \$next$signal$13 ;
  assign \$signal$12  = \$next$signal$12 ;
  assign \$signal$11  = \$next$signal$11 ;
  assign \$signal$10  = \$next$signal$10 ;
  assign \$signal$9  = \$next$signal$9 ;
  assign \$signal$8  = \$next$signal$8 ;
  assign \$signal  = \$next$signal ;
  assign debug_module_regs_en = \$next\debug_module_regs_en ;
endmodule